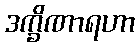
ဒက္ခိဏာရဟာ